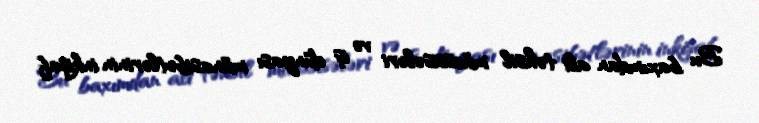
Bu baxımdan ali təhsil müəssisələri və iş dünyası münasibətlərinin inkişaf